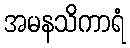
အမနသိကာရံ